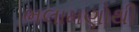
ભલામણોથી